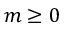
m \geq 0